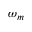
\omega _ { m }